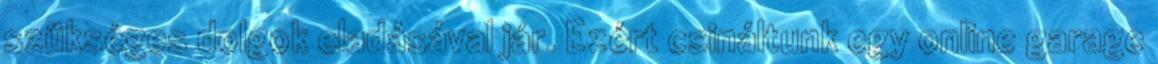
szükséges dolgok eladásával jár. Ezért csináltunk egy online garage